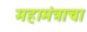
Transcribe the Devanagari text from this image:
महामंत्राचा